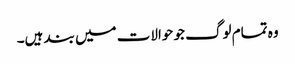
وہ تمام لوگ جو حوالات میں بند ہیں۔